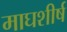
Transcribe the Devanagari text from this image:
माघशीर्ष